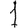
Digit: 1